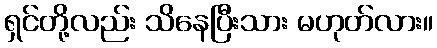
ရှင်တို့လည်း သိနေပြီးသား မဟုတ်လား။